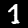
Digit: 1